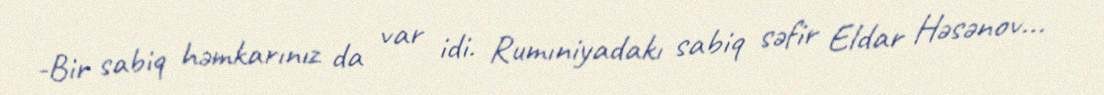
-Bir sabiq həmkarınız da var idi. Rumıniyadakı sabiq səfir Eldar Həsənov...